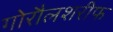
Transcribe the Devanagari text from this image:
गोरौलशरीफ